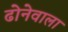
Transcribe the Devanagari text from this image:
ढोनेवाला